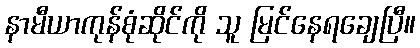
နာမီယာကုန်စုံဆိုင်ကို သူ မြင်နေရချေပြီ။